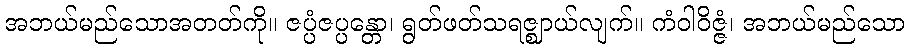
အဘယ်မည်သောအတတ်ကို။ ဇပ္ပံဇပ္ပန္တော၊ ရွတ်ဖတ်သရဇ္ဈာယ်လျက်။ ကံဝါဝိဇ္ဇံ၊ အဘယ်မည်သော